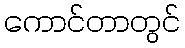
ကောင်တာတွင်